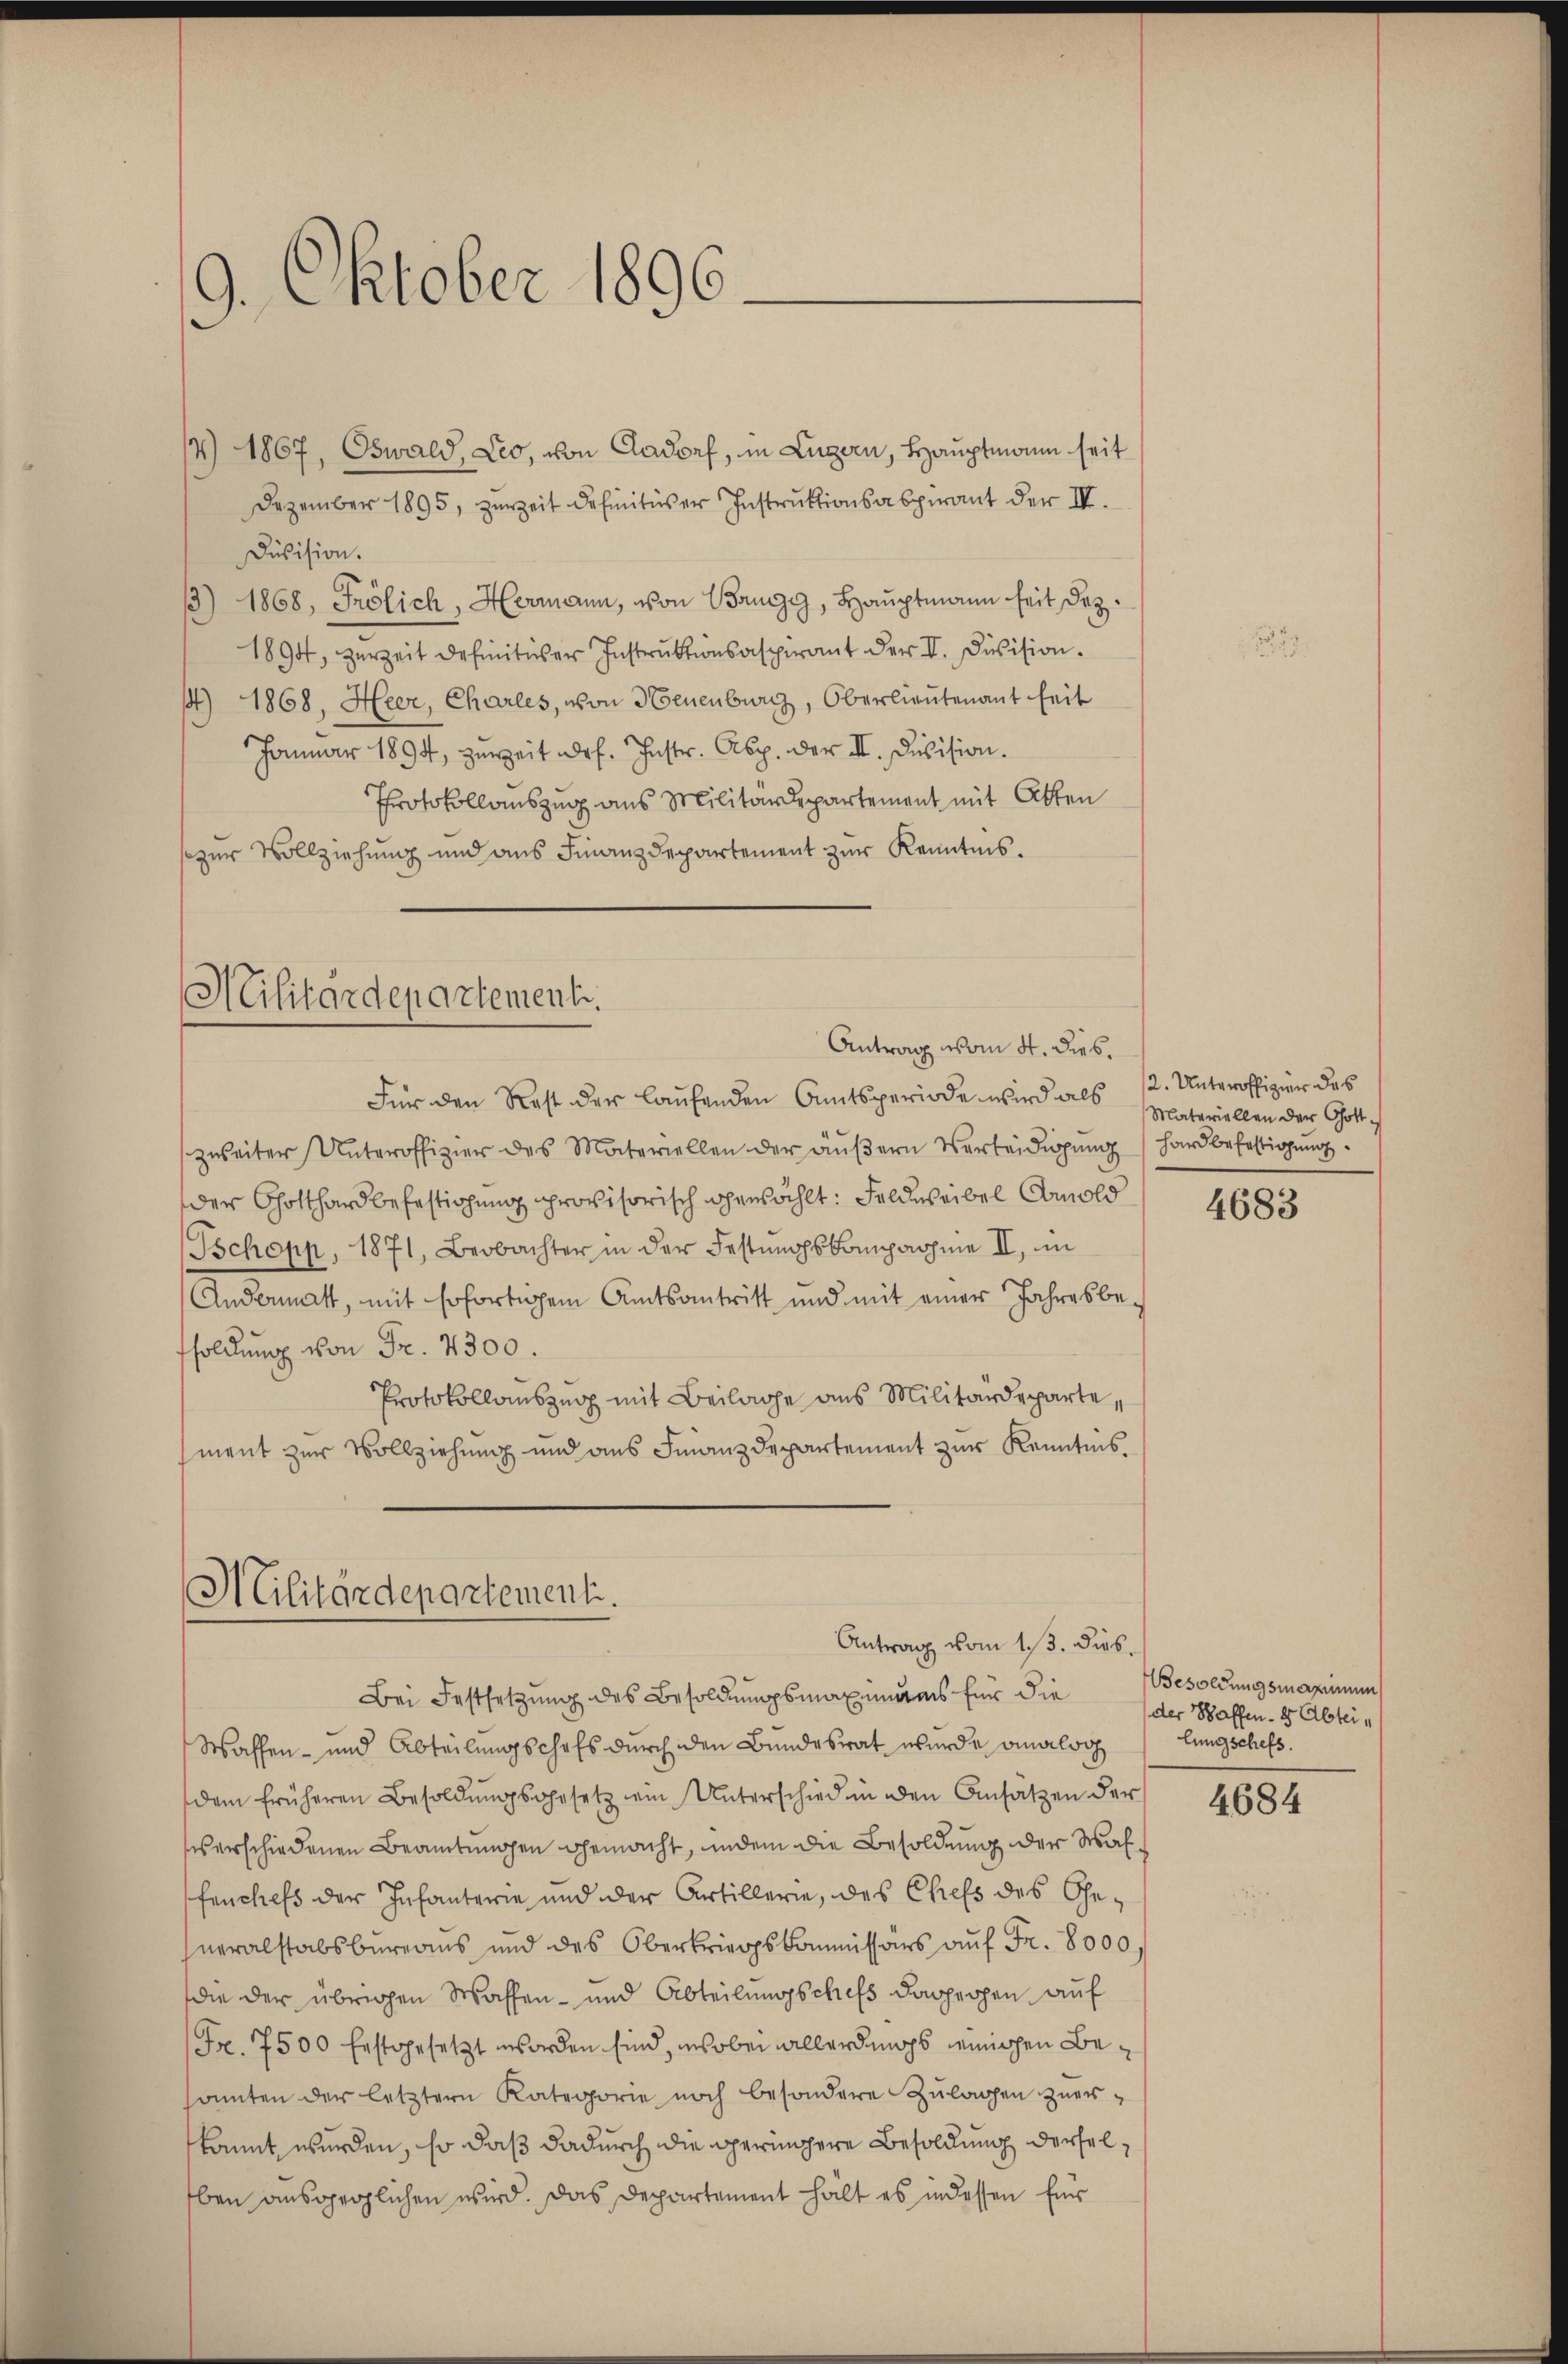
9. Oktober 1896.

/4 1867, Oswald, Leo, von Aadorf, in Luzern, Hauptmann seit
Dezember 1895, zur Zeit definitiver Instruktionsabpirant der III.
Division.
3) 1868, Frölich, Hermann, von Brugg, Hauptmann seit der¬
1894, zurzeit definitiver Instrŭktionsaspirant der II. Division.
) 1868, Heer, Charles, von Neuenburg, Oberlieutenant heit
Januar 1894, zuweit def. Instr. Asp. der II. Division.
Protokollauszug aus Militärdepartement mit Atten
s zur Vollziehung und aus Finanzdepartement zur Kenntnis.

Militärdepartement.
Antrag vom 4. dies.

Militärdepartement.
Antrag vom 13. Feb.

Für den Rest der laufenden Amtsperiode wird als 12. Unteroffizier des
zweiter Unteroffizier des Materiellen der äŭβern Verteidigŭng
der Gotthard befestigung provisorisch herwählt: Feldweibel Amold
Tschopp, 1871, Beobachter in der Festungskompagnie II, in
Andermatt, mit Erfortigem Amtsantritt und mit einer Jahresbesoldung von Fr. 7300.
Protokollauszug mit Beilage aus Militärdepartement zur Vollziehung und aus Finanzdepartement zur Kenntnis,

Materiellen der Gott s
hard befestigung.

Bei Festsetzung des Besoldungsmaxindes für die Besoldungsmaximum
Waffen- und Abteilungschefs durch den Bundesrat wurde analog
dem früheren Besoldŭngsgesetz ein Unterschied in den Ansatzen der
s erschiedenen Beamtungen gemacht, indem die Besoldung der Waffenchefs der Infanterie und der Artillerie, des Chefs des Generalstabsbureaus und des Oberkriegskommissars auf Fr. 8000 f
die der übrigen Waffen- und Abteilungschefs dagegen auf
Fr. 7500 Erstgesetzt worden sind, wobei allerdings einigen Beamten der letztern Kategorie noch besondere Zulagen zuerkannt wurden, so daß dadurch die geringere Besoldung derselben ausgeglichen wird. Das Departement hält es in dessen Eur

4683

der Schaffen- & Abtei
lungschefs.

4684